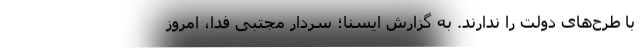
با طرح‌های دولت را ندارند. به گزارش ایسنا؛ سردار مجتبی فدا، امروز